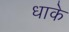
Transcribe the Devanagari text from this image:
धाके